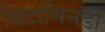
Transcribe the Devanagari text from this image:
विटामिनडी